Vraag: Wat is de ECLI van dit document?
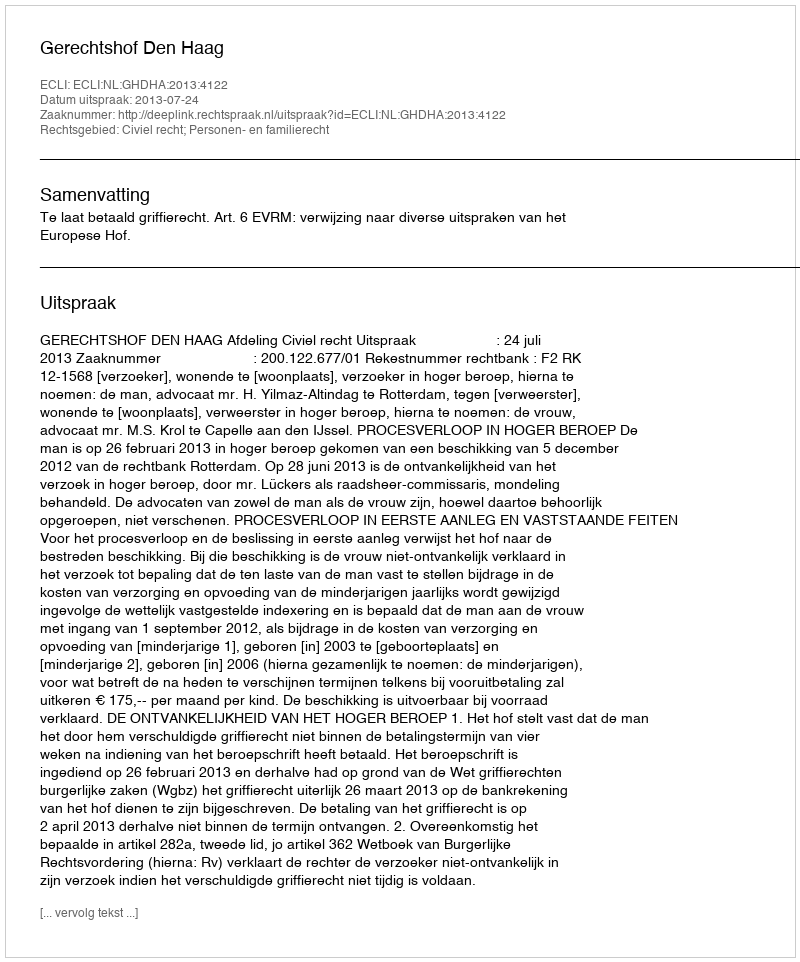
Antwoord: ECLI:NL:GHDHA:2013:4122